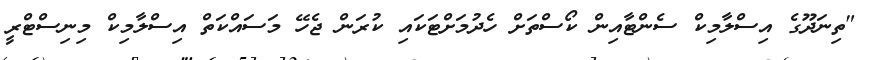
"ތިނަދޫގެ އިސްލާމިކް ސެންޓާއިން ކޯސްތަށް ހެދުމަށްޓަކައި ކުރަން ޖެހޭ މަސައްކަތް އިސްލާމިކް މިނިސްޓްރީ